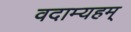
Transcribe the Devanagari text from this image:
वदाम्यहम्